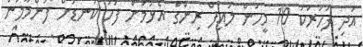
އަދި ފަހަރަކު 10 މީހުން ލައިފް ރިންގް އެޅުމަށް ފަހު ކަނޑަށް ފުންމާލަން